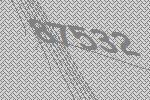
87532